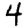
Digit: 4